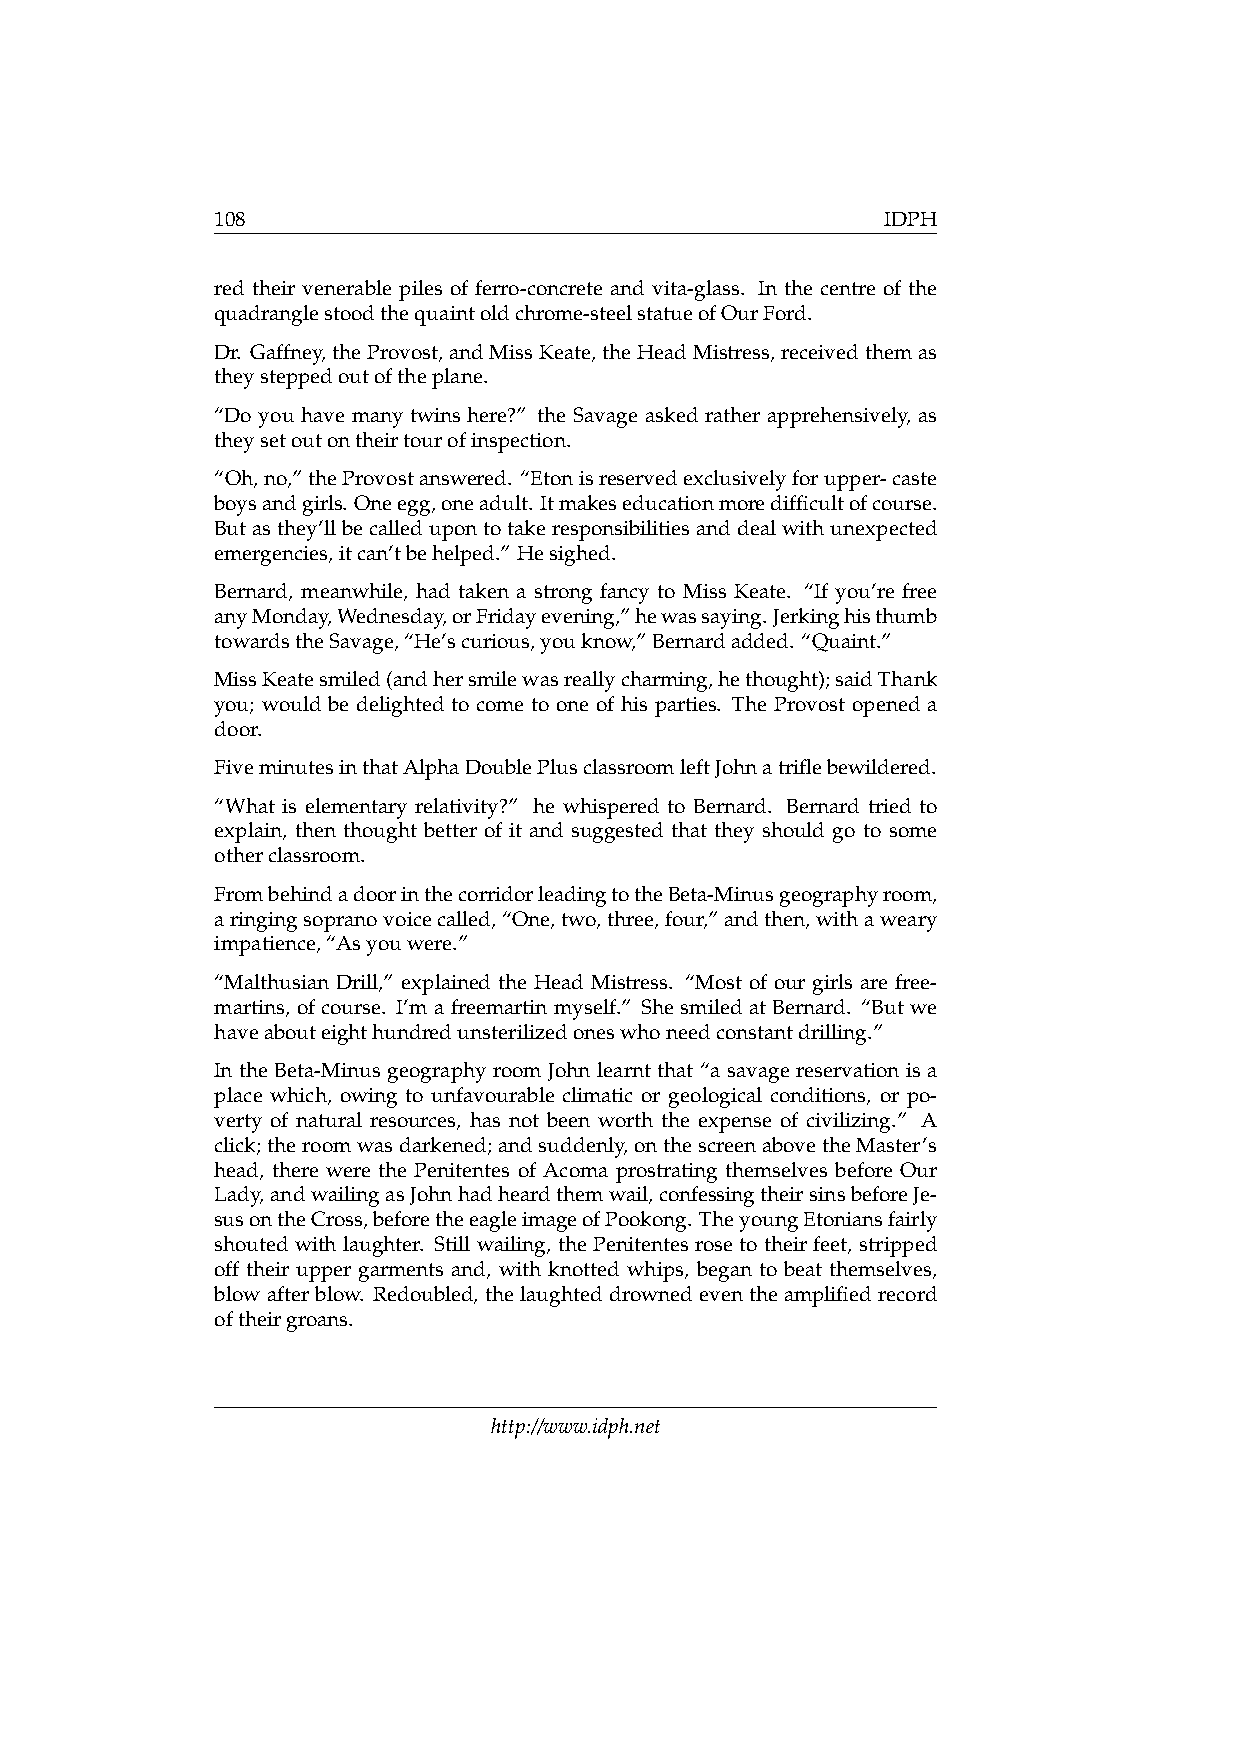
108                                          IDPH
 red their venerable piles of ferro-concrete and vita-glass. In the centre of the
 quadranglestoodthequaintoldchrome-steelstatueofOurFord.
 Dr. Gaffney,theProvost,andMissKeate,theHeadMistress,receivedthemas
 theysteppedoutoftheplane.
 “Do you have many twins here?” the Savage asked rather apprehensively, as
 theysetoutontheirtourofinspection.
 “Oh,no,”theProvostanswered. “Etonisreservedexclusivelyforupper-caste
 boysandgirls. Oneegg,oneadult. Itmakeseducationmoredifficultofcourse.
 Butasthey’llbecalledupontotakeresponsibilitiesanddealwithunexpected
 emergencies,itcan’tbehelped.” Hesighed.
 Bernard, meanwhile, had taken a strong fancy to Miss Keate. “If you’re free
 anyMonday,Wednesday,orFridayevening,”hewassaying.Jerkinghisthumb
 towardstheSavage,“He’scurious,youknow,”Bernardadded. “Quaint.”
 MissKeatesmiled(andhersmilewasreallycharming,hethought);saidThank
 you; would be delighted to come to one of his parties. The Provost opened a
 door.
 FiveminutesinthatAlphaDoublePlusclassroomleftJohnatriflebewildered.
 “What is elementary relativity?” he whispered to Bernard. Bernard tried to
 explain, then thought better of it and suggested that they should go to some
 otherclassroom.
 FrombehindadoorinthecorridorleadingtotheBeta-Minusgeographyroom,
 aringingsopranovoicecalled,“One,two,three,four,”andthen,withaweary
 impatience,“Asyouwere.”
 “Malthusian Drill,” explained the Head Mistress. “Most of our girls are free-
 martins, of course. I’m a freemartin myself.” She smiled at Bernard. “But we
 haveabouteighthundredunsterilizedoneswhoneedconstantdrilling.”
 In the Beta-Minus geography room John learnt that “a savage reservation is a
 place which, owing to unfavourable climatic or geological conditions, or po-
 verty of natural resources, has not been worth the expense of civilizing.” A
 click;theroomwasdarkened;andsuddenly,onthescreenabovetheMaster’s
 head, there were the Penitentes of Acoma prostrating themselves before Our
 Lady,andwailingasJohnhadheardthemwail,confessingtheirsinsbeforeJe-
 susontheCross,beforetheeagleimageofPookong. TheyoungEtoniansfairly
 shouted with laughter. Still wailing, the Penitentes rose to their feet, stripped
 off their upper garments and, with knotted whips, began to beat themselves,
 blowafterblow. Redoubled, thelaughteddrownedeventheamplifiedrecord
 oftheirgroans.
 http://www.idph.net